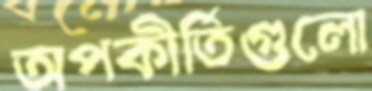
অপকীর্তিগুলো